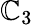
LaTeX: \mathbb{C}_{3}